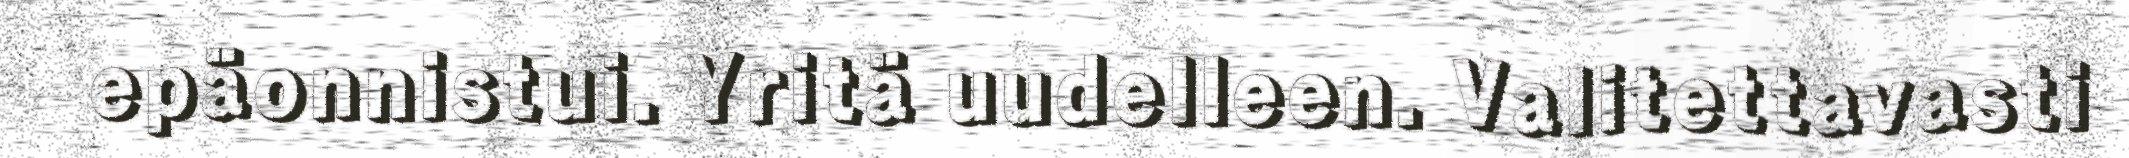
epäonnistui. Yritä uudelleen. Valitettavasti